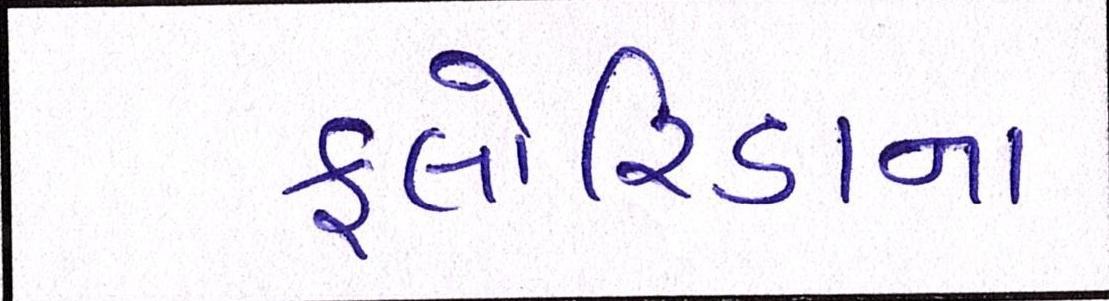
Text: ફ્લોરિડાના